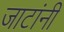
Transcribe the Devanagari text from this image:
जाटांनी